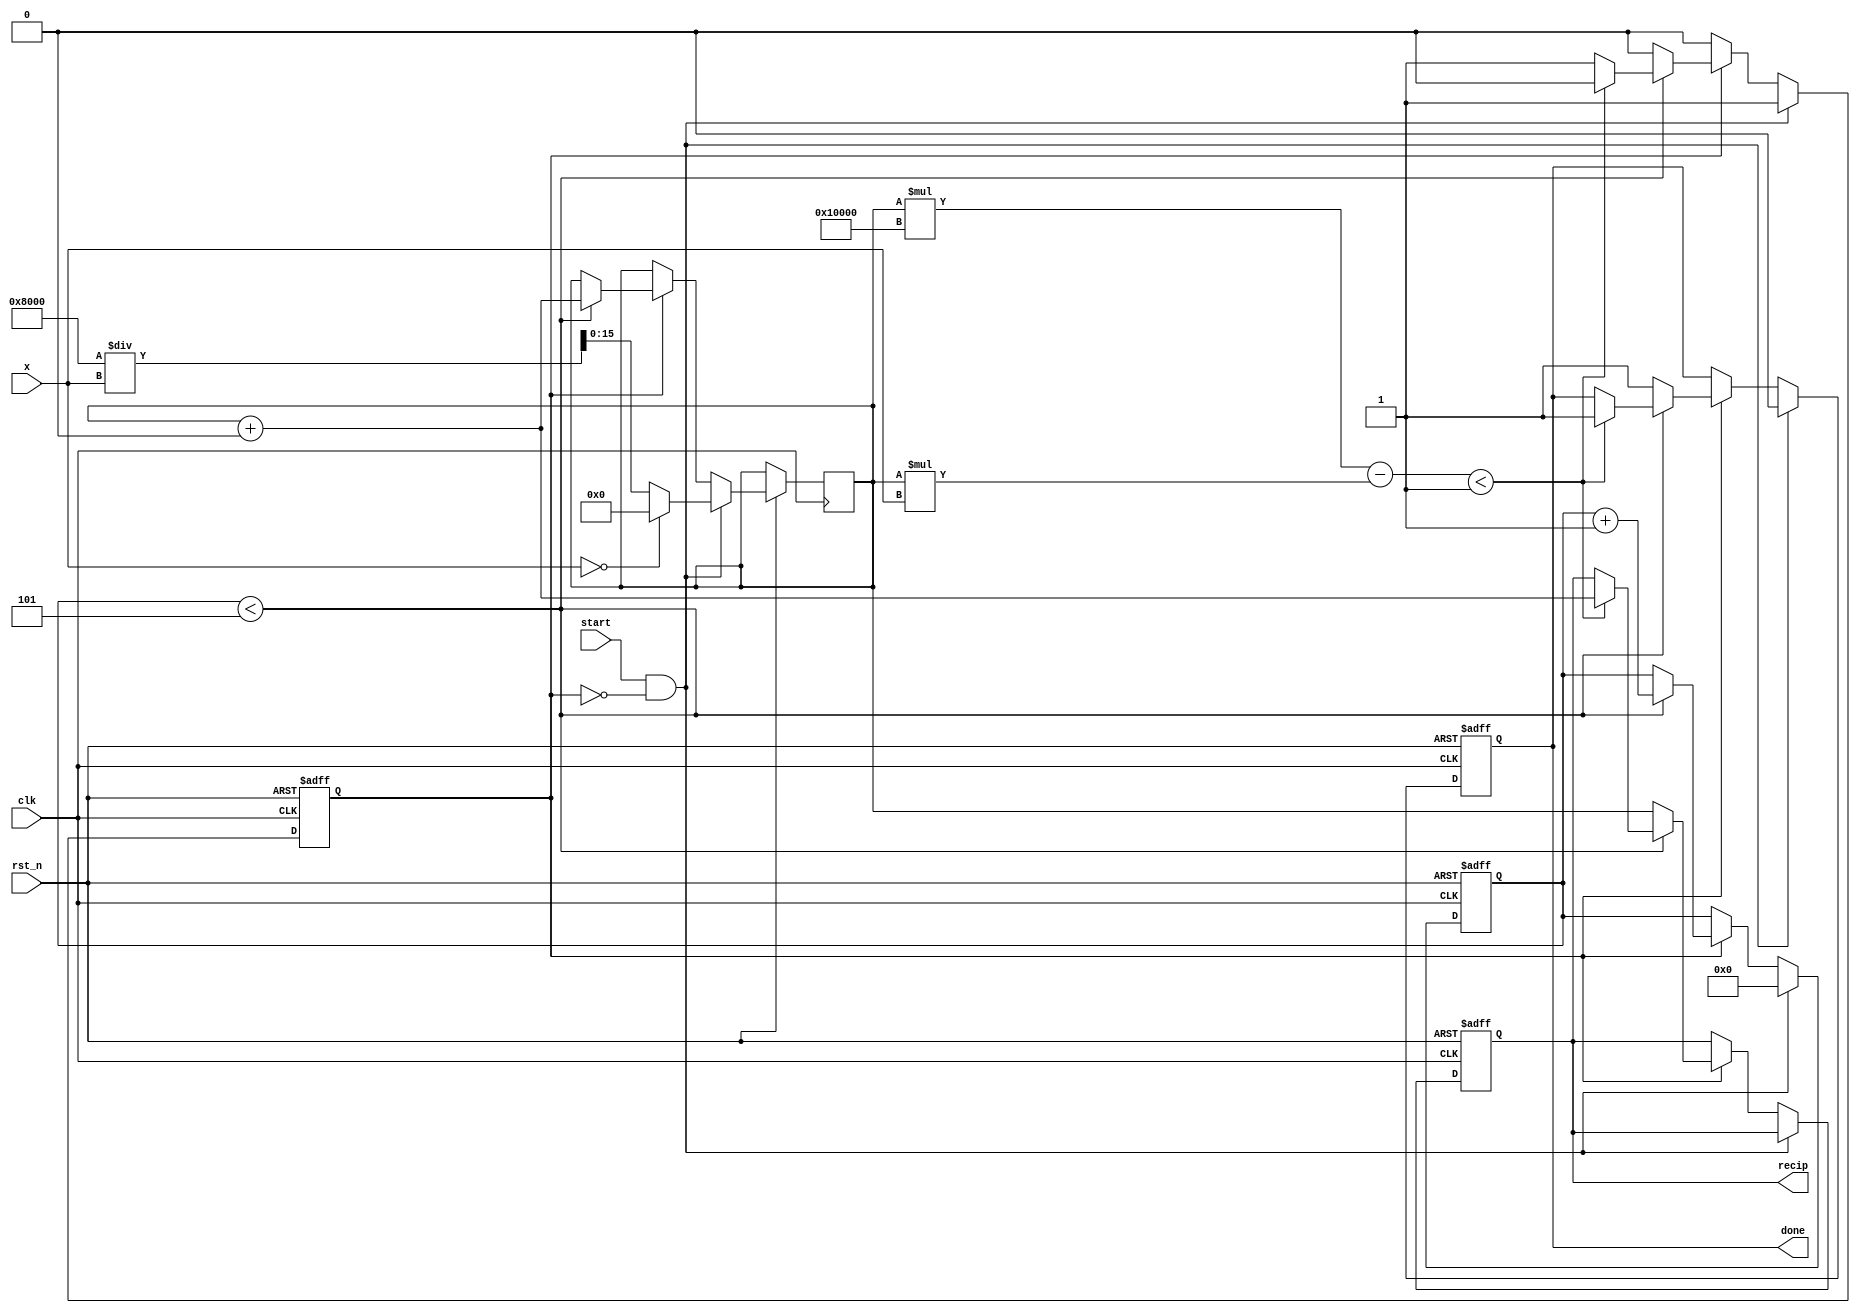
module iterative_reciprocal #(
    parameter N = 16,              // Bit-width for input and output
    parameter MAX_ITER = 5,        // Maximum iterations for convergence
    parameter THRESHOLD = 16'h0001  // Convergence threshold
)(
    input  wire clk,
    input  wire rst_n,
    input  wire [N-1:0] x,
    input  wire start,
    output reg [N-1:0] recip,
    output reg done
);

    reg [N-1:0] guess;
    reg [N-1:0] temp;
    reg [3:0] iteration_count;
    reg computing;
    
    // Initial guess calculation (using a simple approximation)
    function [N-1:0] initial_guess(input [N-1:0] x);
        begin
            if (x == 0) 
                initial_guess = {N{1'b0}}; // Return zero for undefined input
            else 
                initial_guess = (1 << (N-1)) / x; // Initial guess using 1/(x/2^N)
        end
    endfunction

    always @(posedge clk or negedge rst_n) begin
        if (!rst_n) begin
            recip <= {N{1'b0}};
            done <= 1'b0;
            computing <= 1'b0;
            iteration_count <= 0;
        end else begin
            if (start && !computing) begin
                guess <= initial_guess(x);
                iteration_count <= 0;
                done <= 1'b0;
                computing <= 1'b1;
            end else if (computing) begin
                if (iteration_count < MAX_ITER) begin
                    // Calculate the new guess
                    temp = guess * (2 ** N) - (guess * x);
                    guess = guess + (temp >> N); // Update guess based on Newton-Raphson

                    // Check for convergence
                    if (temp < THRESHOLD) begin
                        computing <= 1'b0; // Stop computing if converged
                        recip <= guess;     // Save the computed reciprocal
                        done <= 1'b1;       // Indicate completion
                    end

                    iteration_count <= iteration_count + 1;
                end else begin
                    // If max iterations reached, finalize output
                    computing <= 1'b0;
                    recip <= guess; // Output the last guess
                    done <= 1'b1;   // Indicate completion
                end
            end
        end
    end
endmodule